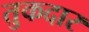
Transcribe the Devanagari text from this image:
तुकदार